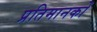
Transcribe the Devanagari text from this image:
प्रतिमानकों